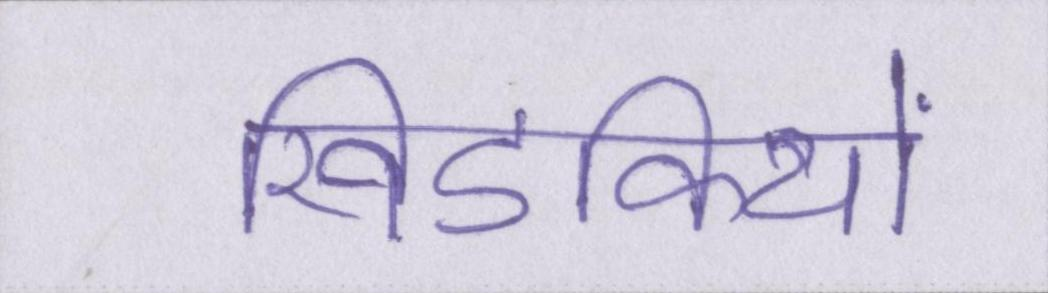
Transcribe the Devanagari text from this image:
खिडकियों